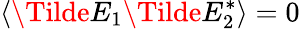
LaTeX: \langle\Tilde{E}_{1}\Tilde{E}_{2}^{*}\rangle=0